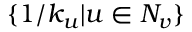
\{ 1 / k _ { u } | u \in N _ { v } \}